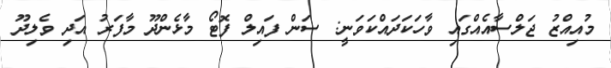
މުއިއްޒު ޖަލްސާއެއްގައި ވާހަކަދައްކަވަނީ: ސަން ފައިލް ފޮޓޯ މާޅެންދޫ މާފަރު އަދި ވެލިދޫ